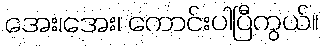
အေး၊အေး၊ ကောင်းပါပြီကွယ်။